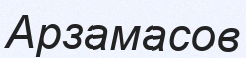
Арзамасов